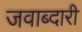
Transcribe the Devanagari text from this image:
जवाब्दारी